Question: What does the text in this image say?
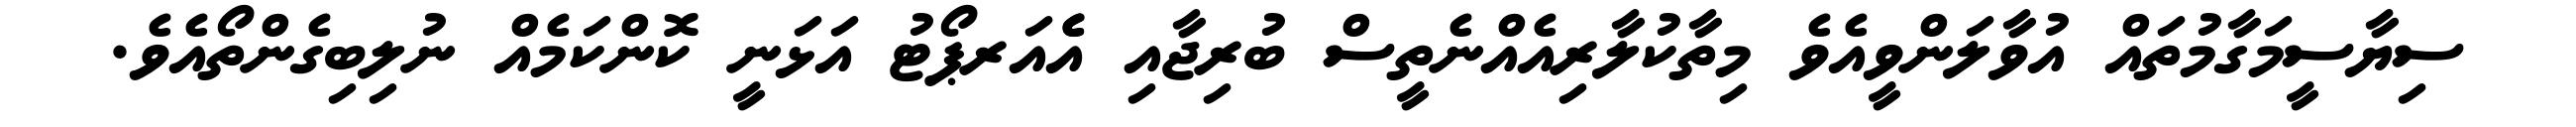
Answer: ސިޔާސީމަގާމުތައް އުވާލަންވީއެވެ މިތާކުލާރިއެއްނެތީސް ބުރިޖާއި އެެއަރޕޯޓު އަޅަނީ ކޮންކަމެއް ނުލިބިގެންތޯއެވެ.